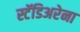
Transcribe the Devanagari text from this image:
स्टॅडिअरेना